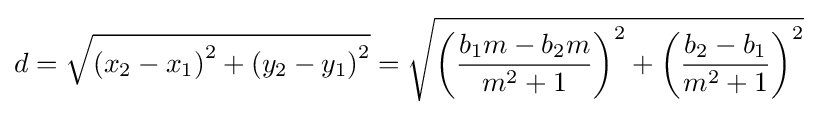
d={\sqrt {\left(x_{2}-x_{1}\right)^{2}+\left(y_{2}-y_{1}\right)^{2}}}={\sqrt {\left({\frac {b_{1}m-b_{2}m}{m^{2}+1}}\right)^{2}+\left({\frac {b_{2}-b_{1}}{m^{2}+1}}\right)^{2}}}